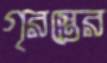
গৃরস্তের